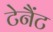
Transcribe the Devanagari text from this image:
टेनैंट